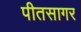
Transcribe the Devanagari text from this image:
पीतसागर